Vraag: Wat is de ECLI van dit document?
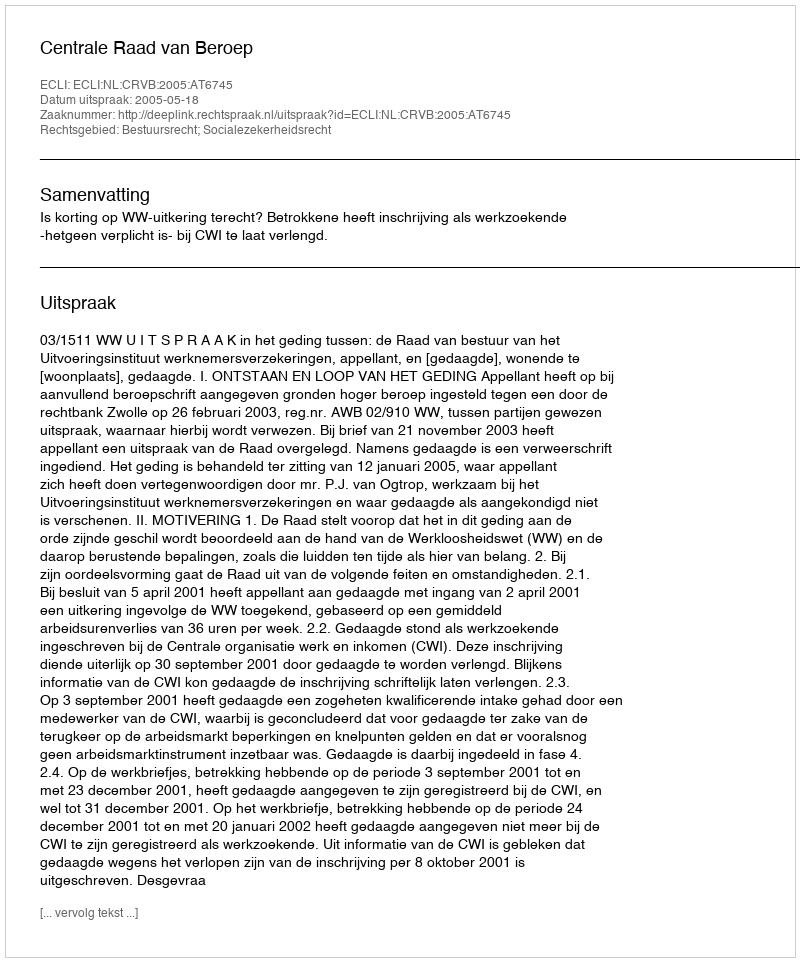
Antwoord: ECLI:NL:CRVB:2005:AT6745